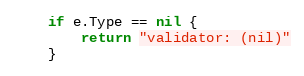
Language: Go
	if e.Type == nil {
		return "validator: (nil)"
	}